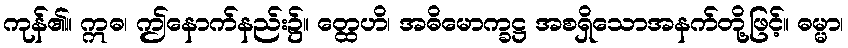
ကုန်၏။ ဣဓ၊ ဤနောက်နည်း၌။ တ္ထေဟိ၊ အဓိမောက္ခဋ္ဌ အစရှိသောအနက်တို့ဖြင့်။ ဓမ္မာ၊